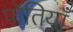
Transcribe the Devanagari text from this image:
पोतियाँ